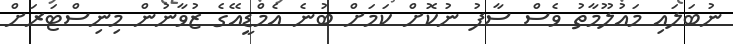
ނުބަލައި މައުލޫމާތު ވެސް ސާފު ނުކޮށް ކަމަށް ބުނެ އެމްޑީއޭގެ ޒުވާނުން މިނިސްޓަރަށް